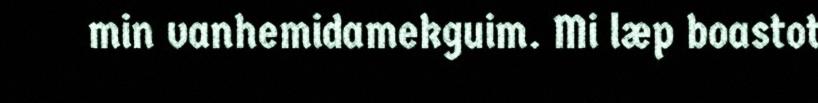
min vanhemidamekguim. Mi læp boastot